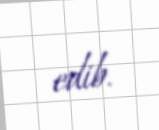
edib.